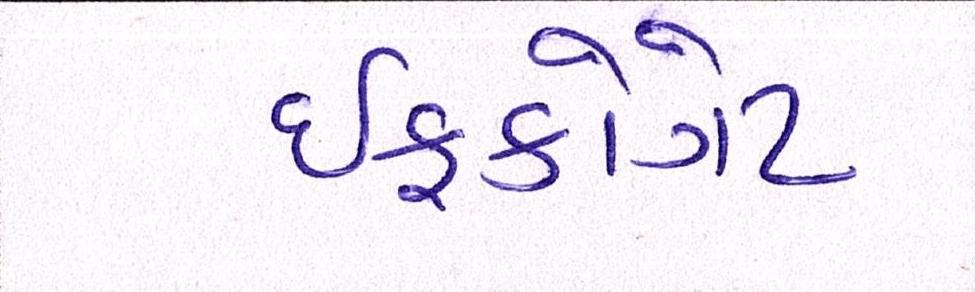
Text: ઈફકોગેટ